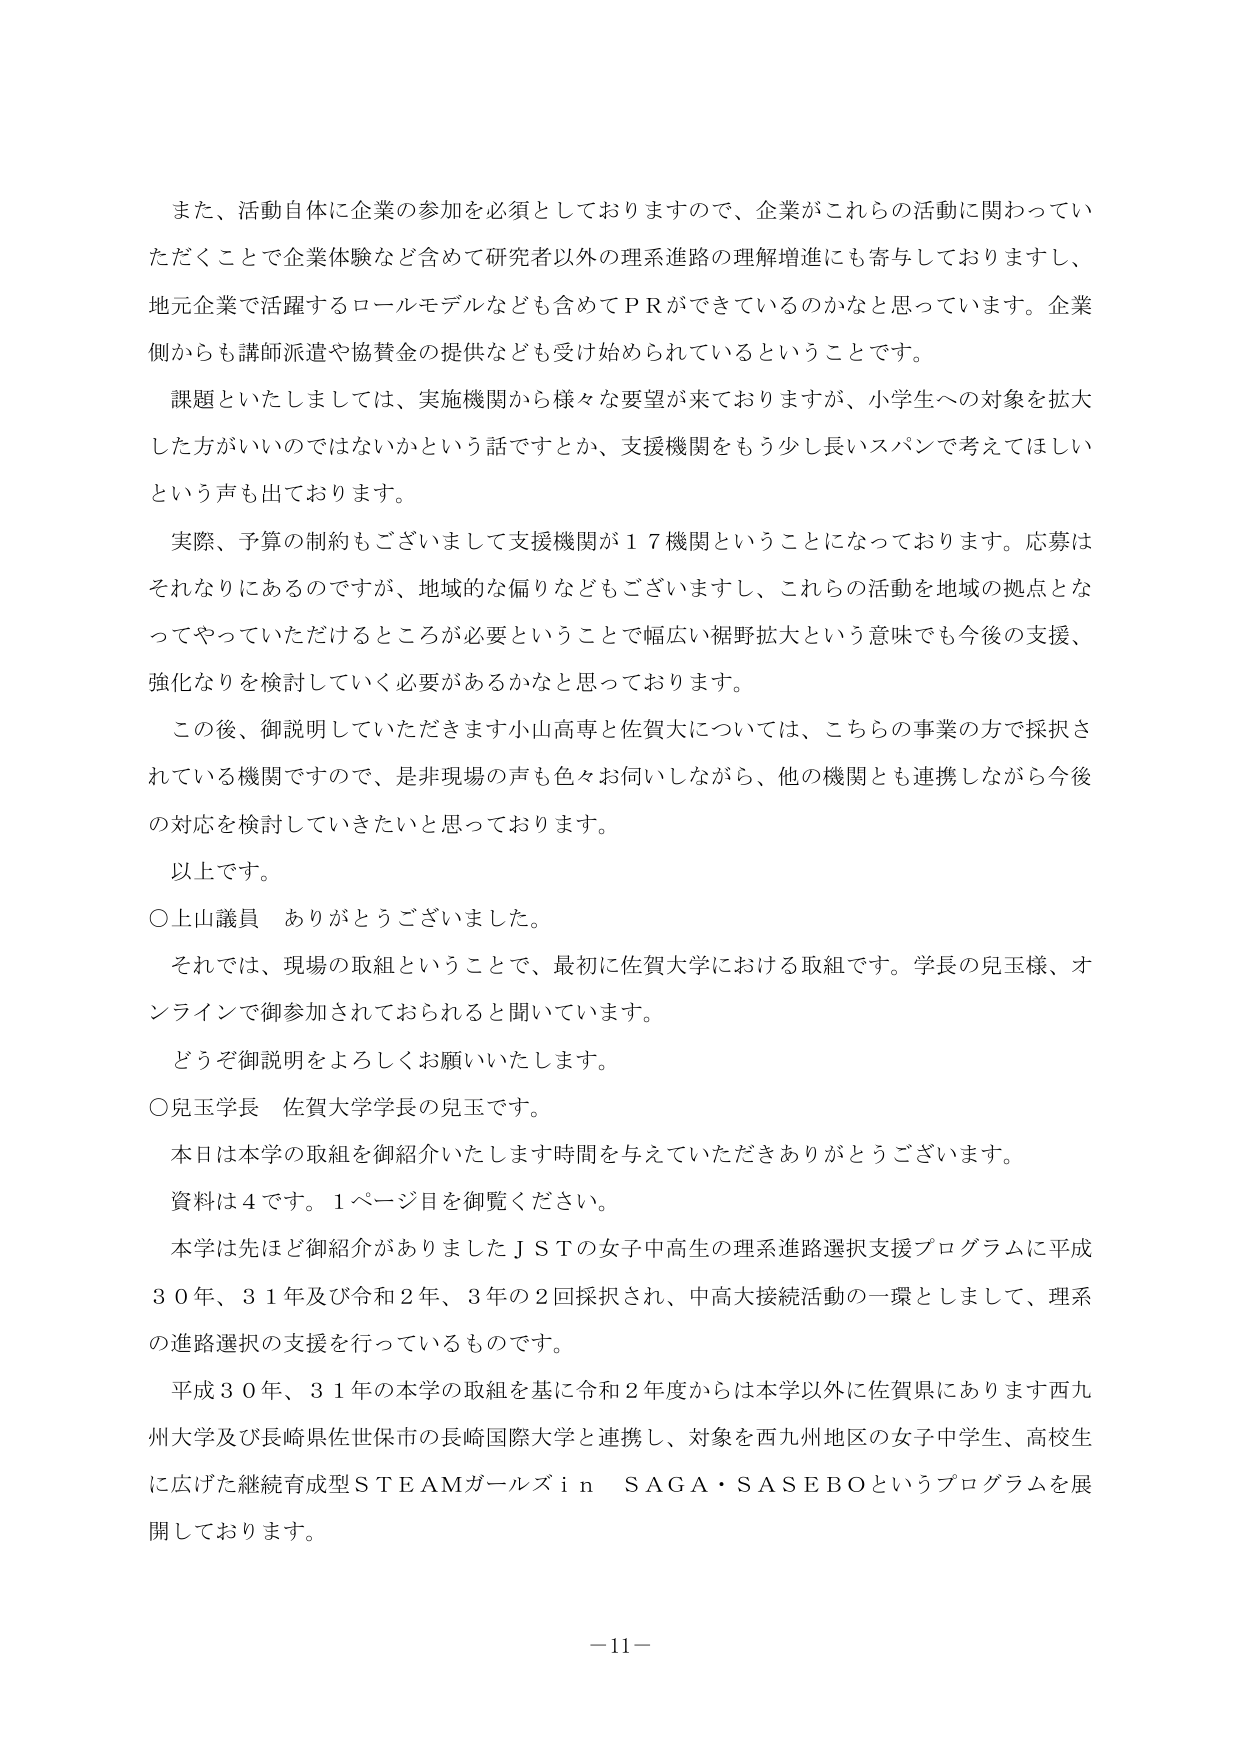
また、活動自体に企業の参加を必須としておりますので、企業がこれらの活動に関わっていただくことで企業体験などを含めて研究者以外の理系進路の理解増進にも寄与しておりますし、地元企業で活躍するロールモデルなども含めてＰＲができているのかなと思っています。企業側からも講師派遣や協賛金の提供なども受け始められているということです。

課題といたしましては、実施機関から様々な要望が来ておりますが、小学生への対象を拡大した方がいいのではないかという話ですとか、支援機関をもう少し長いスパンで考えてほしいという声も出ております。

実際、予算の制約もございまして支援機関が１７機関ということになっております。応募はそれなりにあるのですが、地域的な偏りなどもございますし、これらの活動を地域の拠点となってやっていただけるところが必要ということで幅広い裾野拡大という意味でも今後の支援、強化なりを検討していく必要があるかなと思っております。

この後、御説明していただきます小山高専と佐賀大については、こちらの事業の方で採択されている機関ですので、是非現場の声も色々お伺いしながら、他の機関とも連携しながら今後の対応を検討していきたいと思っております。

以上です。

○上山議員　ありがとうございました。

それでは、現場の取組ということで、最初に佐賀大学における取組です。学長の児玉様、オンラインで御参加されておられると聞いています。

どうぞ御説明をよろしくお願いいたします。

○児玉学長　佐賀大学学長の児玉です。

本日は本学の取組を御紹介いたします時間を与えていただきありがとうございます。

資料は４です。１ページ目を御覧ください。

本学は先ほど御紹介がありましたＪＳＴの女子中高生の理系進路選択支援プログラムに平成３０年、３１年及び令和２年、３年の２回採択され、中高大接続活動の一環として、理系の進路選択の支援を行っているものです。

平成３０年、３１年の本学の取組を基に令和２年度からは本学以外に佐賀県にあります西九州大学及び長崎県佐世保市の長崎国際大学と連携し、対象を西九州地区の女子中学生、高校生に広げた継続育成型ＳＴＥＡＭガールズｉｎ　ＳＡＧＡ・ＳＡＳＥＢＯというプログラムを展開しております。

－11－